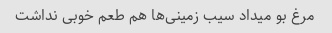
مرغ بو میداد سیب زمینی‌ها هم طعم خوبی نداشت